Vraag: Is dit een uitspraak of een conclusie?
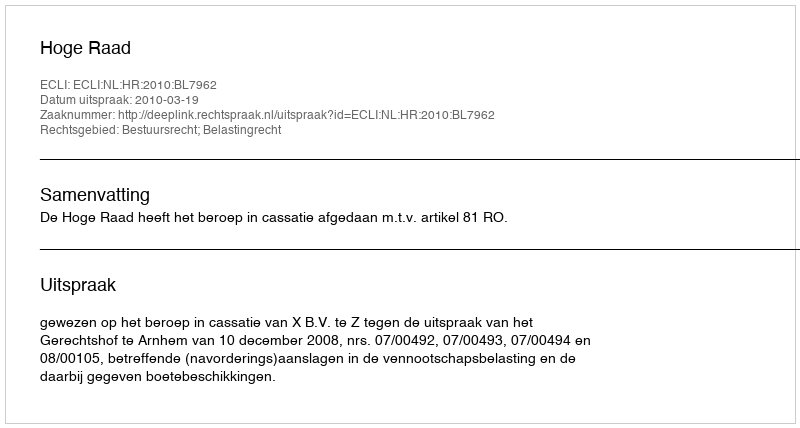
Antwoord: Uitspraak